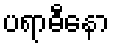
ပရာဓီနော